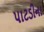
પાટડીના